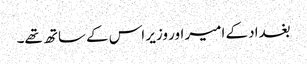
بغداد کے امیر اور وزیر اس کے ساتھ تھے۔